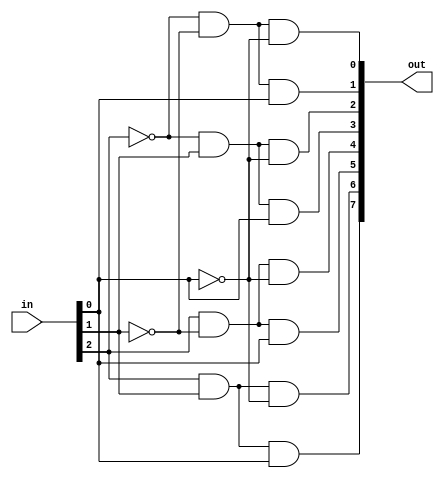
module decoder_8(in, out);
	input [2:0] in;
	output [7:0] out;
	wire [2:0] nin;
	
	not notgate0(nin[0], in[0]);
	not notgate1(nin[1], in[1]);
	not notgate2(nin[2], in[2]);
	
	and and0(out[0], nin[2], nin[1], nin[0]);
	and and1(out[1], nin[2], nin[1], in[0]);
	and and2(out[2], nin[2], in[1], nin[0]);
	and and3(out[3], nin[2], in[1], in[0]);
	and and4(out[4], in[2], nin[1], nin[0]);
	and and5(out[5], in[2], nin[1], in[0]);
	and and6(out[6], in[2], in[1], nin[0]);
	and and7(out[7], in[2], in[1], in[0]);

endmodule